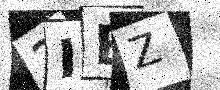
Text: 2IBZ